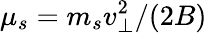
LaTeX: \mu_{s}=m_{s}v_{\perp}^{2}/(2B)